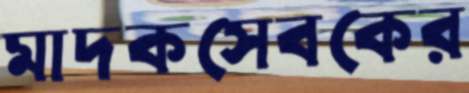
মাদকসেবকের